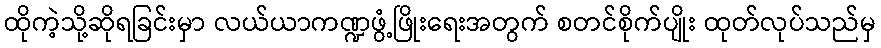
ထိုကဲ့သို့ဆိုရခြင်းမှာ လယ်ယာကဏ္ဍဖွံ့ဖြိုးရေးအတွက် စတင်စိုက်ပျိုး ထုတ်လုပ်သည်မှ